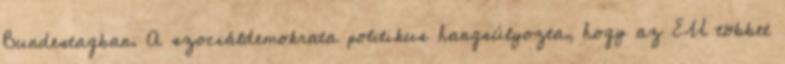
Bundestagban. A szociáldemokrata politikus hangsúlyozta, hogy az EU többet